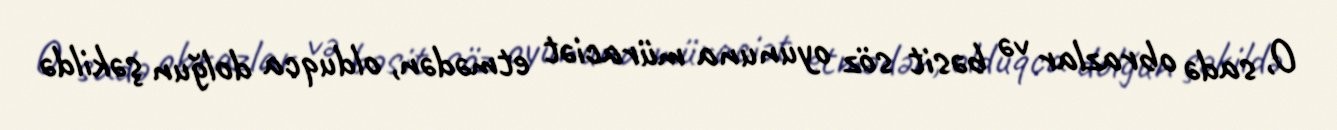
O, sadə obrazlar və bəsit söz oyununa müraciət etmədən, olduqca dolğun şəkildə